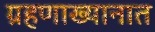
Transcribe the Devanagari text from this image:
ग्रहणाख्यानात